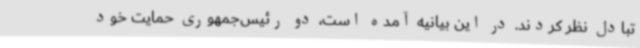
تبادل نظر کردند. در این بیانیه آمده است، دو رئیس‌جمهوری حمایت خود